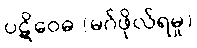
ပဋိဝေဓ (မဂ်ဖိုလ်ရမှု)